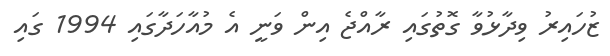
ޒުހައިރު ވިދާޅުވާ ގޮތުގައި ރާއްޖެ އިން ވަނީ އެ މުއާހަދާގައި 1994 ގައި